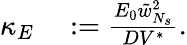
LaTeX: \begin{array}{rl}{\kappa_{E}}&{{}:=\frac{E_{0}\tilde{w}_{N_{s}}^{2}}{DV^{\ast}}.}\end{array}